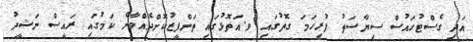
އަދި ގެސްޓުހައުސް ސިޔާސަތު ފުރިހަމަ ގޮތުގައި ވ.އަތޮޅުގައި ތަންފީޒުކޮށްދެއްވާނެ ކަމުގައި ރައީސް ނަޝީދު